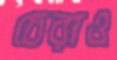
চেরাও